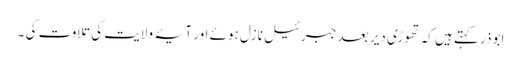
ابوذر کہتے ہیں کہ تھوڑی دیر بعد جبرئیل نازل ہوئے اور آیۂ ولایت کی تلاوت کی ۔